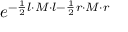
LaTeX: e ^ { - \frac { 1 } { 2 } l \cdot M \cdot l - \frac { 1 } { 2 } r \cdot M \cdot r }